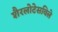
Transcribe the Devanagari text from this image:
शैरलोटेसविले